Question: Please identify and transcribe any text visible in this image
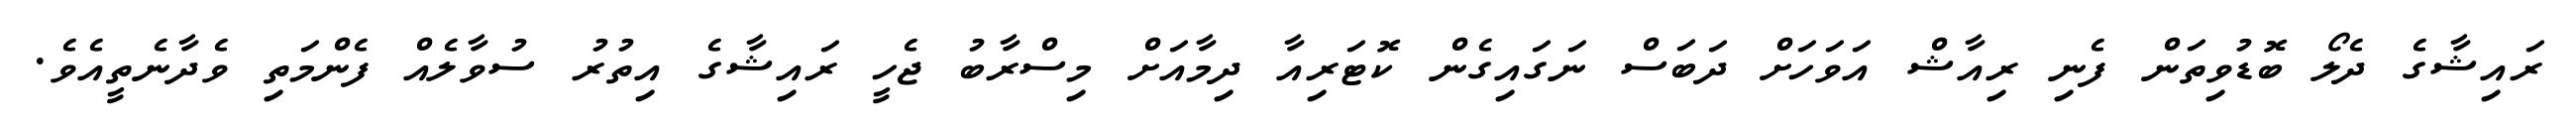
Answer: ރައިޝާގެ ދެލޯ ބޮޑުވިތަން ފެނި ރިއާޝް އަވަހަށް ދަބަސް ނަގައިގެން ކޮޓަރިއާ ދިމާއަށް މިސްރާބު ޖެހީ ރައިޝާގެ އިތުރު ސުވާލެއް ފެންމަތި ވެދާނެތީއެވެ.